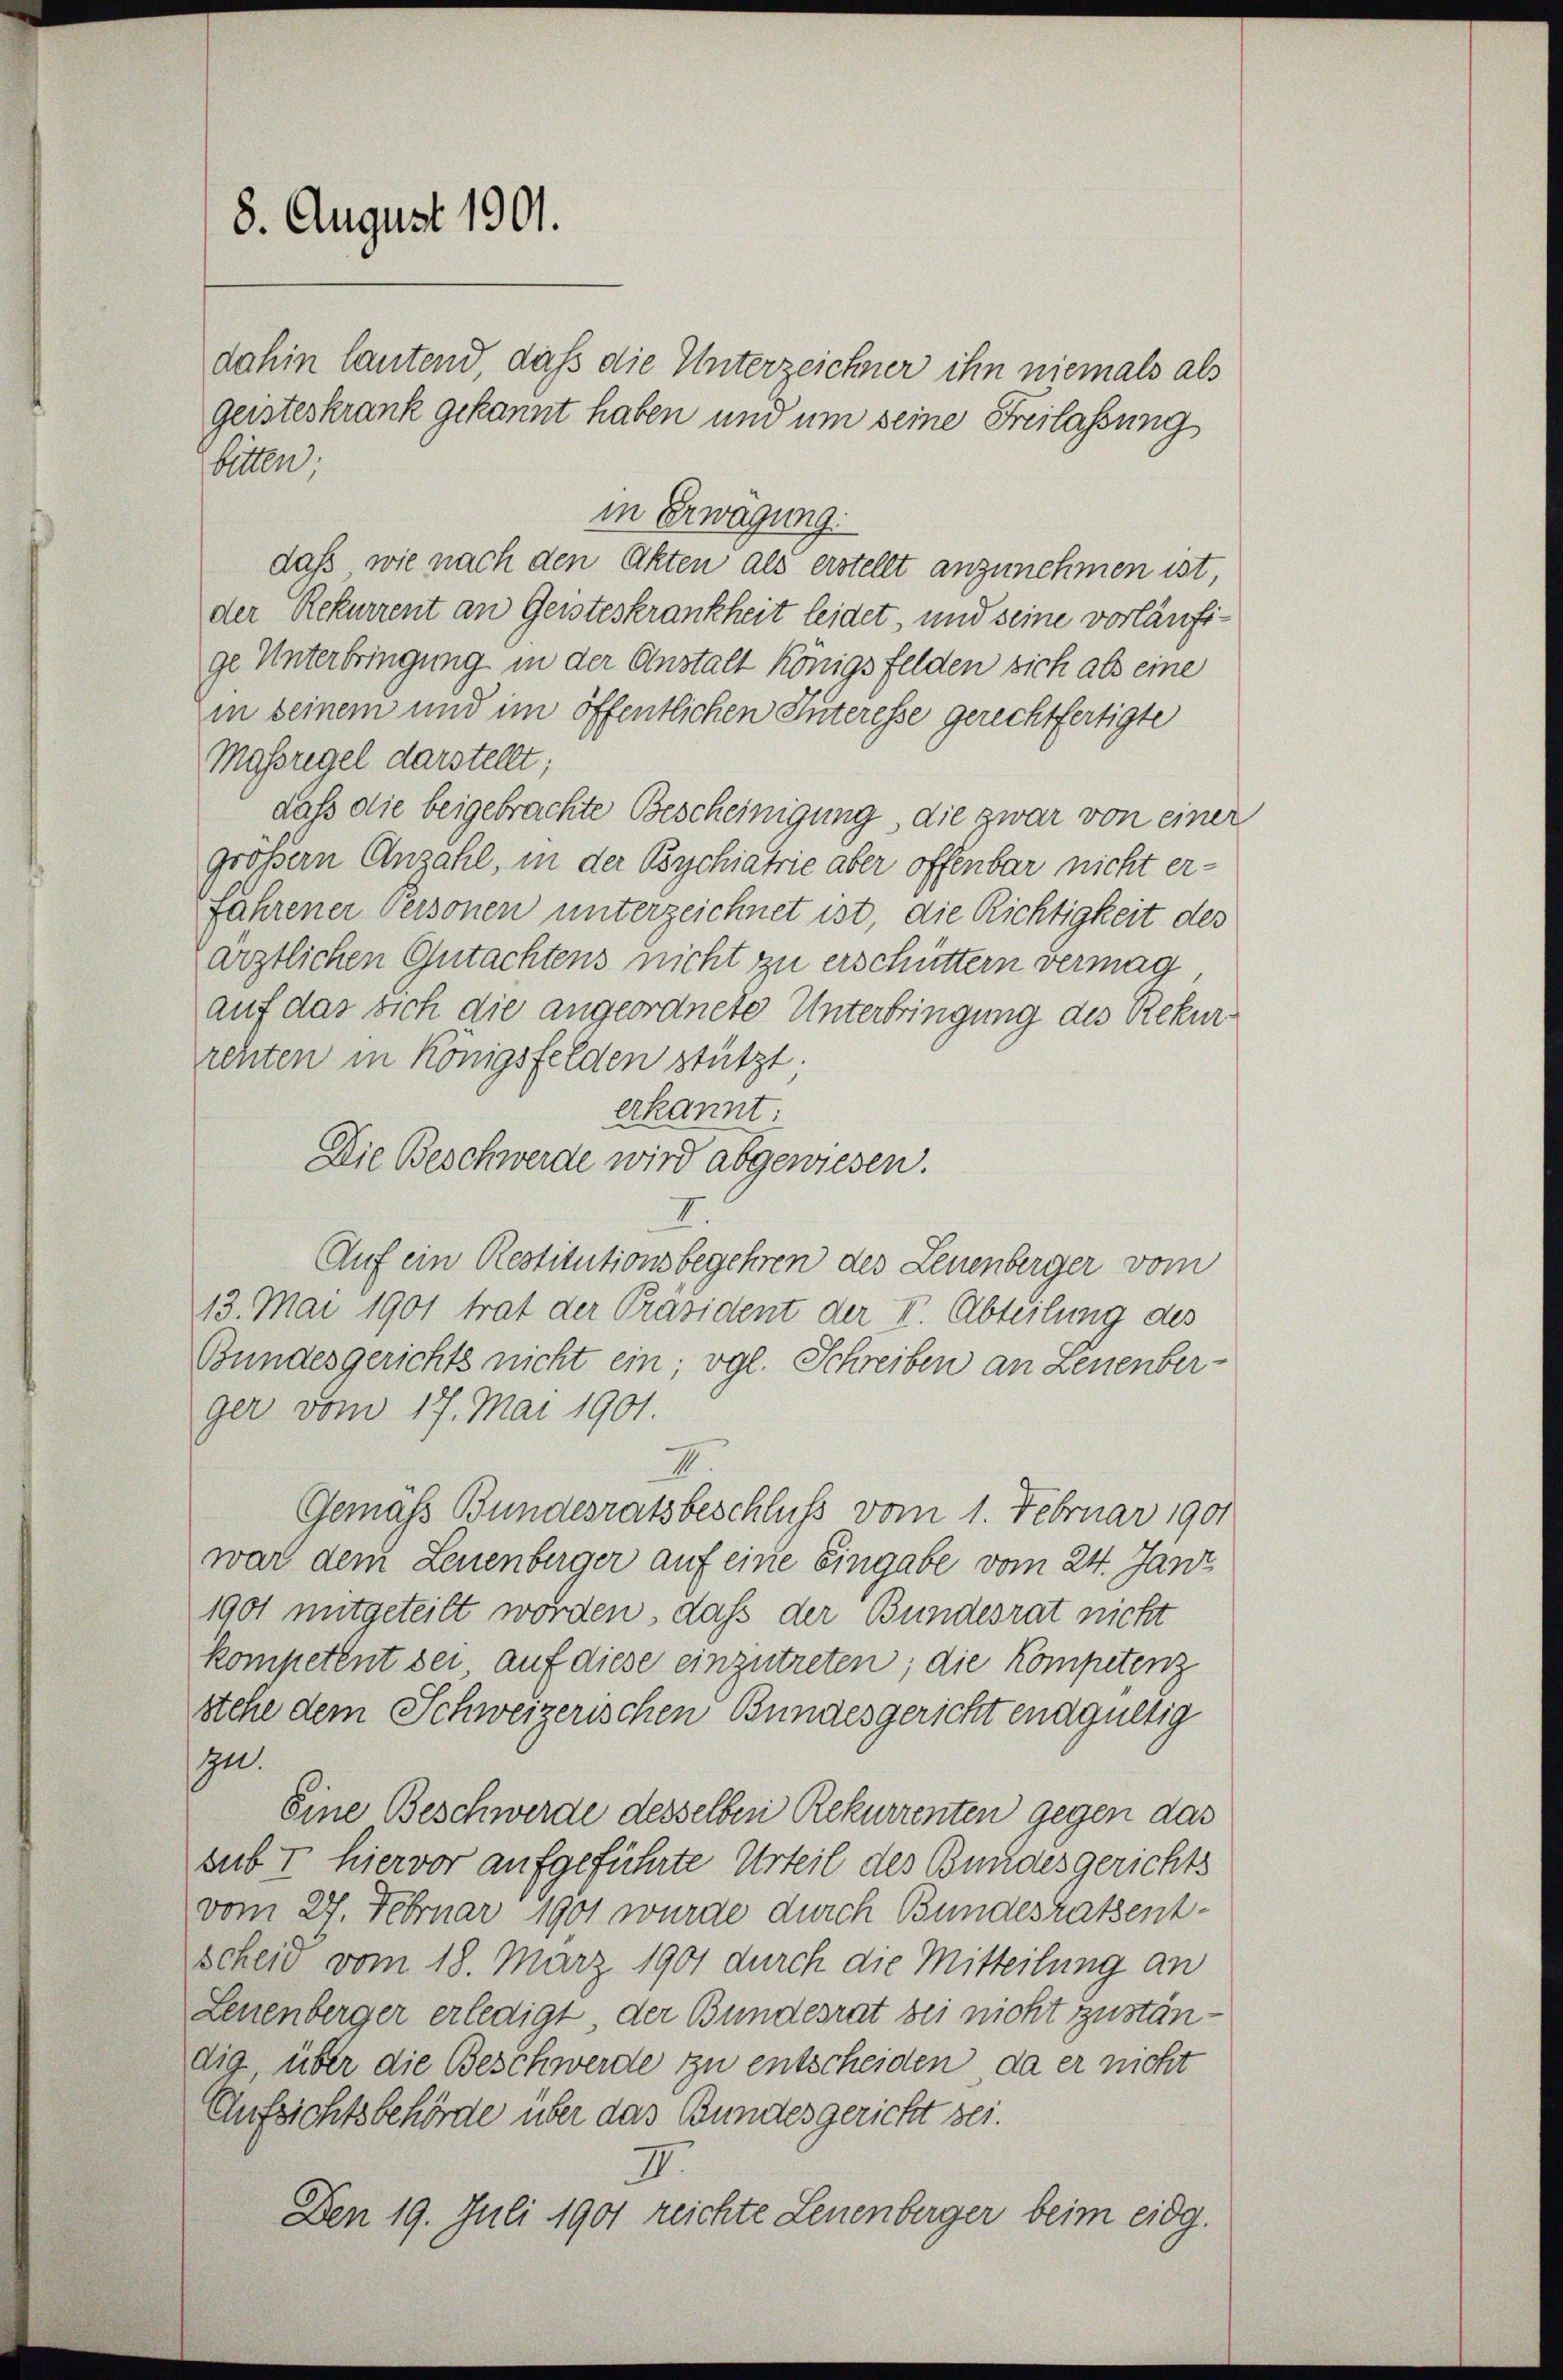
8. August 1901.

dahin lautend, daß die Unterzeichner ihn niemals als
Geisteskrank gekannt haben und um seine Freilassung
biren,
daß wie nach den Akten als erstellt anzunehmen ist,
der Rekurrent an Geisteskrankheit leidet, und seine vorläufige Unterbringung in der Anstalt Königsfelden sich als eine
in seinem und im öffentlichen Interesse gerechtfertigte
Massregel darstellt;
daß die beigebrachte Bescheinigung, die zwar von einer
größern Anzahl, in der Bsychiatrie aber offenbar nicht erfahrener Personen unterzeichnet ist, die Richtigkeit des
ärztlichen Gutachtens nicht zu erschüttern vermag
auf das sich die angeordnete Unterbringung des Rekur
rehten in Königsfelden stützt;
erkannt
Die Beschwerde wird abgewiesen.
7.
Auf ein Restitutionsbegehren des Leuenberger vom
13. Mai 1901 trat der Präsident der I. Abteilung des
Bundesgerichts nicht ein; vgl. Schreiben an Leuenber-
ger vom 17. Mai 1901.
I.
Gemäss Bundesratsbeschluss vom 1. Februar 1901
war dem Leuenberger auf eine Eingabe vom 24. Janz
1901 mitgeteilt worden, daß der Bundesrat nicht
Kompetent sei, auf diese einzutreten; die Kompetenz
stehe dem Schweizerischen Bundesgericht endgültig
u.
Eine Beschwerde desselben Rekurrenten gegen das
sub I hiervor aufgeführte Urteil des Bundesgerichts
vom 27. Februar 1901 wurde durch Bundesratsent-
scheid vom 18. März 1901 durch die Mitteilung an
Leuenberger erledigt, der Bundesrat bei nicht zuständig, über die Beschwerde zu entscheiden, da er nicht
Aufsichtsbehörde über das Bundesgericht sei.
II.
Den 19. Juli 1901 reichte Leuenberger beim eidg.

in Erwägung.